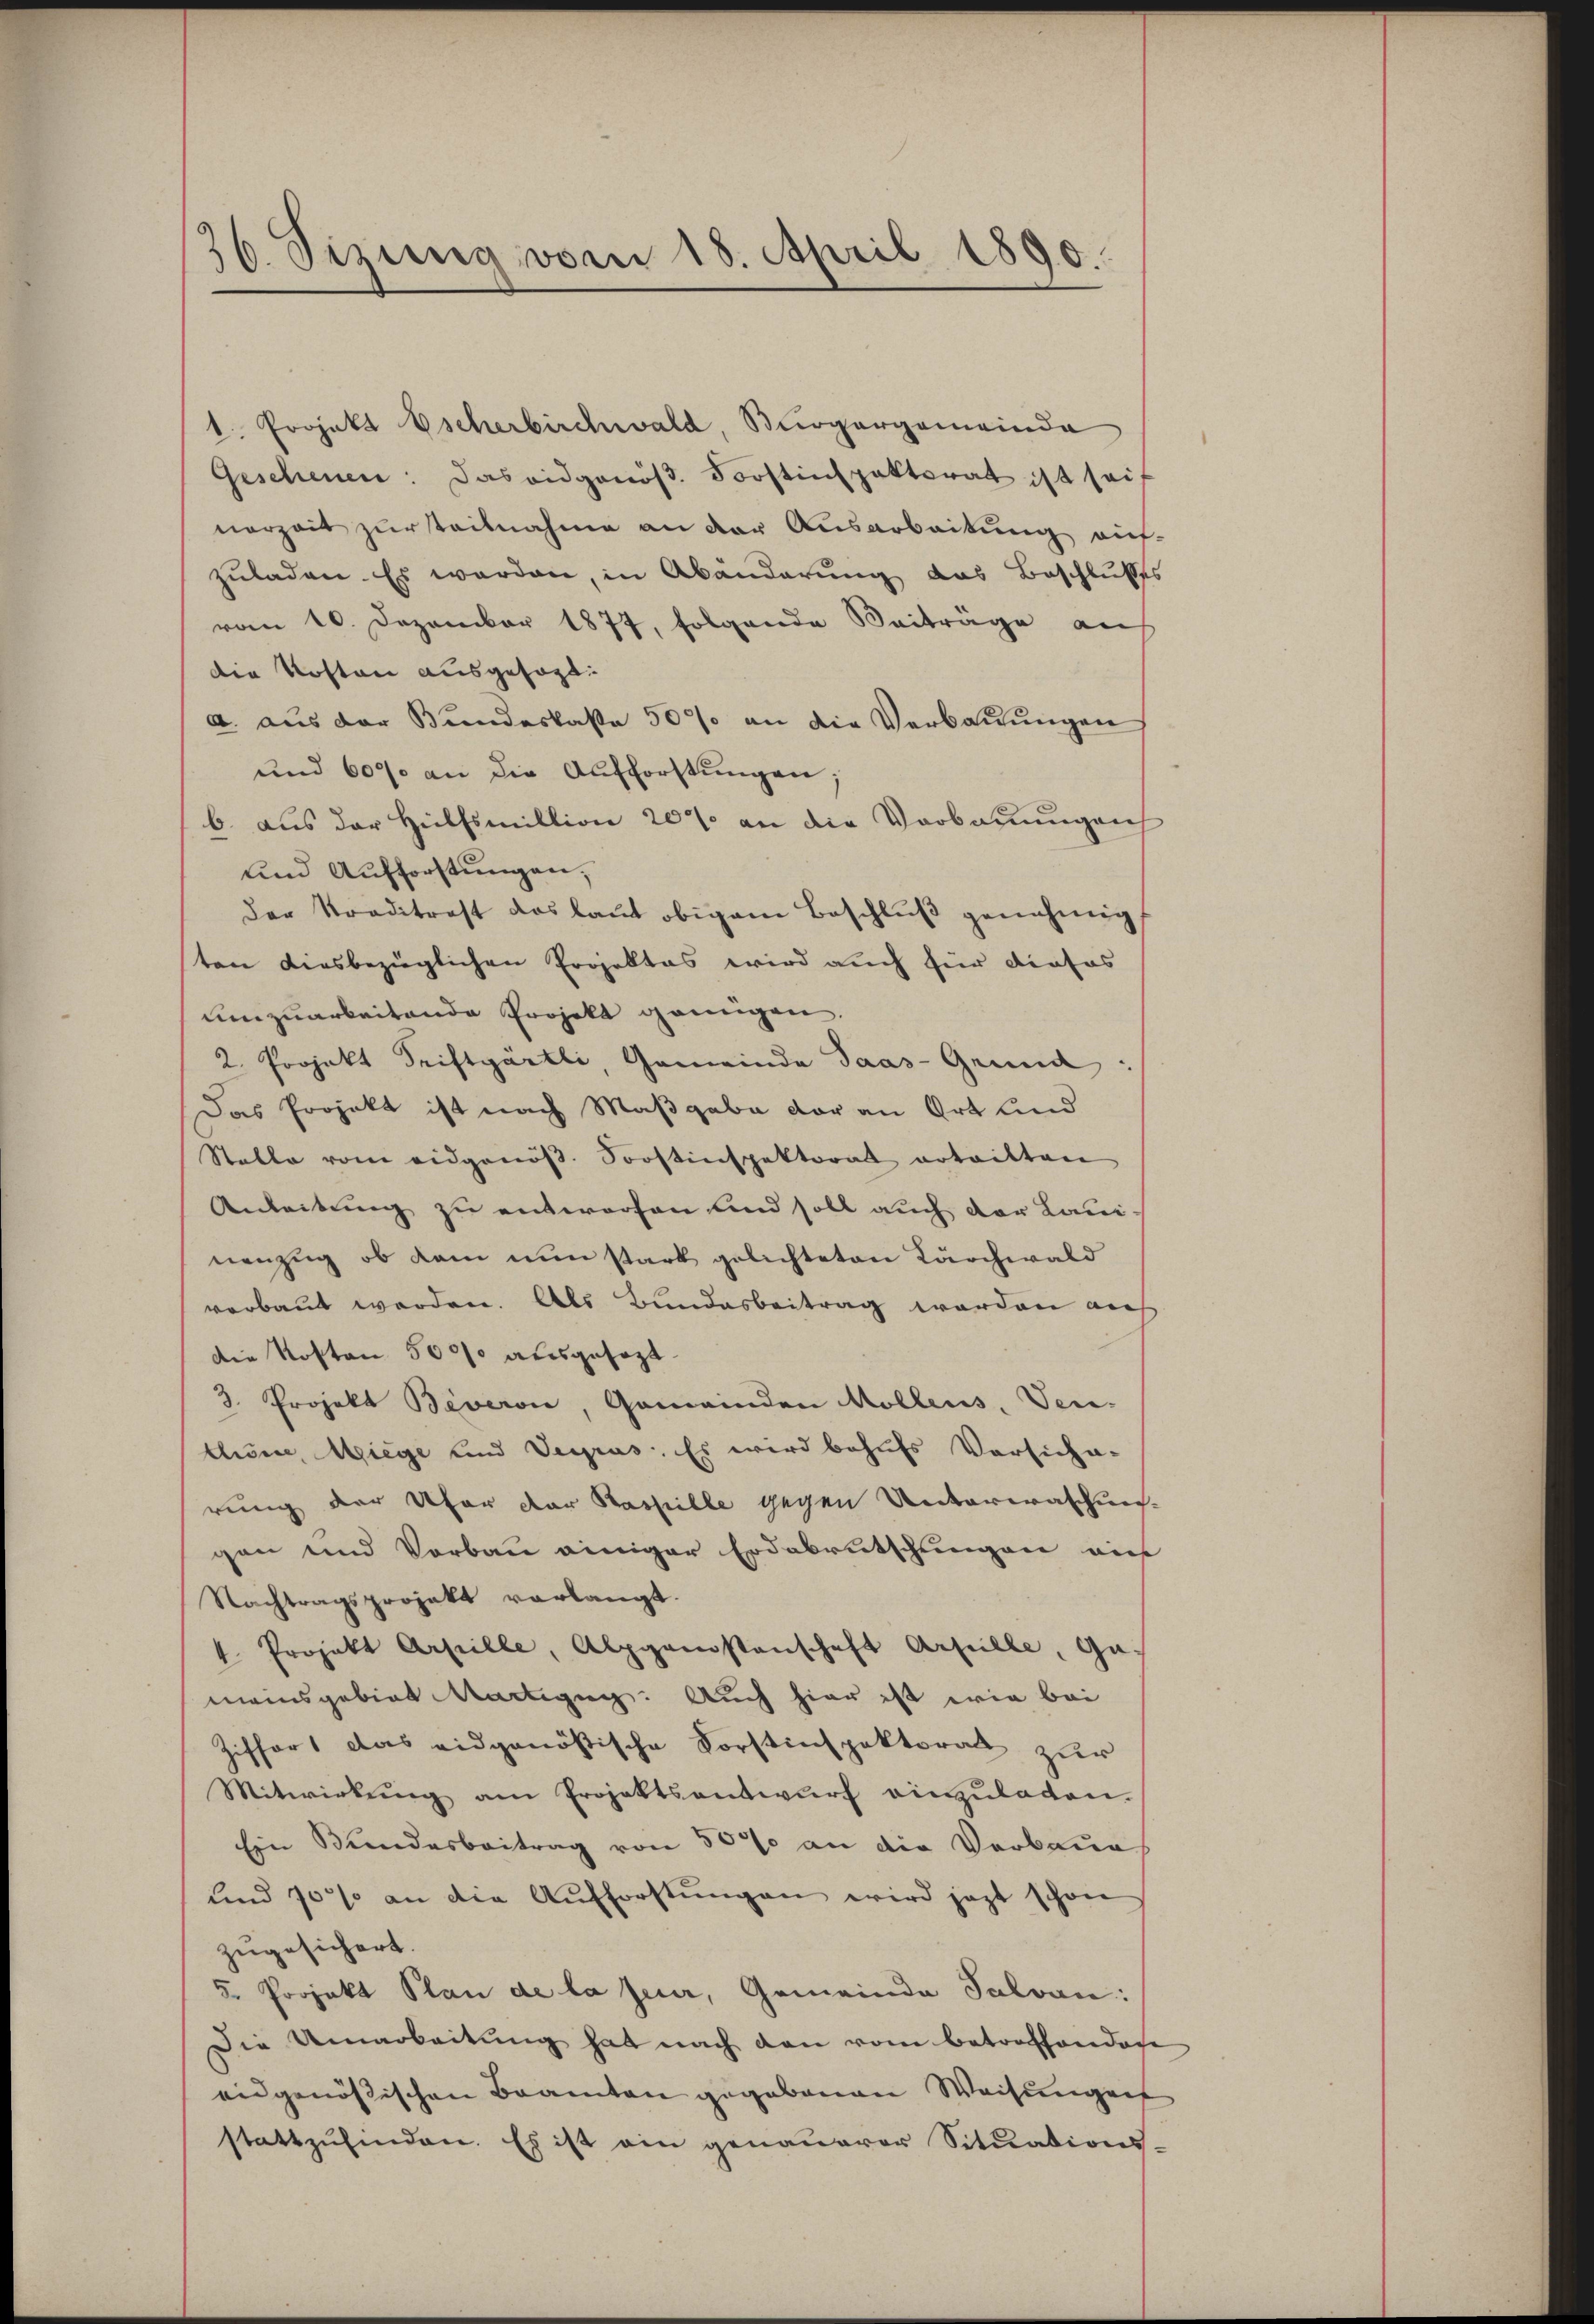
36. Sizung vom 18. April 1890.

1. Projekt Escherbirchwald, Bürgergemeinda
Geschenen: das eidgenös. Forstinspektorat ist seit
nerzeit zurteilnahme an der Ausarbeitung auf-
zuladen. Es werden, in Abänderung das Beschlußes
vom 10. Dezember 1877, folgende Beiträge auf
die Kosten ausgesagt:
a. aus der Bundeskasse 50% an die Verbauungen
und 607. an die Aufforstŭngen;
b. aus der Hülfsmillion 20% an die Verbauungen
und Aufforstungen,
Der Nordstrast das laut obigem Beschlŭβ genehmigt
ten diesbezüglichen Projektes wird auch für dieses
umzuarbeitende Projekt genügen.
2. Projekt Triftgärtli, Gemeinde Saas-Gründ
Das Projekt ist nach Maßgabe vor an Ort und
Stalle vom eidgenöβ. Soostinspektorat ertritten
Anleitung zu entworfen und soll auch der Lauinenzug, ob dam nun stark gelichteten Lärchwald
verbaut werden. Als Bundesbeitrag worden auf
Die Kosten 50000 ausgesezt.
3. Projekt Beveron, Gemeinden Mollens, Ver-
chöne, Miege und Veyrus. Es wird behufs Vorsiche-
rung der Ufer der Raspille gegen Unterwaschungsgen und Vorbau einiger Erdabrutschungen auf
Nachtragsprojekt verlangt.
k. Projekt Artille, Alpganistenschaft Artille, Ga
meinsgebiet Martigung. Auch hier ist wie bei
Ziffert das eidgenößische Vorstinspektorat zur
Mitwirkŭng am Projektsantwŭrf einzŭladen.
Ein Bundesbeitrag von 50% an die Verbaue
und 10% an die Aufforstŭngen wird jezt schon
zugesichert.
5. Projekt Plan de la feur, Gemeinde Salvan:
Die Umarbeitung hat nach den vom betroffendete
eidgenössischen Beamten gegebenen Weisungen
stattzŭfinden. Es ist ein genauerer Situations-